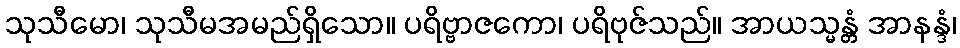
သုသီမော၊ သုသီမအမည်ရှိသော။ ပရိဗ္ဗာဇကော၊ ပရိဗုဇ်သည်။ အာယသ္မန္တံ အာနန္ဒံ၊